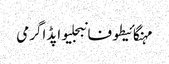
مہنگائیطوفانبجلیواپڈاگرمی